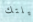
ليلتك